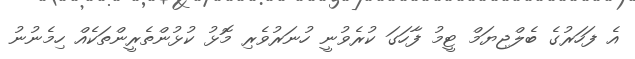
އެ ފަހަރުގެ ބެލްޖިޔަމް ޓީމު ފާހަގަ ކުރެވުނީ ހުނަރުވެރި މޮޅު ކުޅުންތެރީންތަކެއް ހިމެނުނު